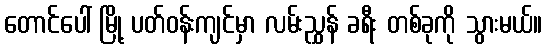
တောင်ပေါ် မြို့ ပတ်ဝန်းကျင်မှာ လမ်းညွှန် ခရီး တစ်ခုကို သွားမယ်။